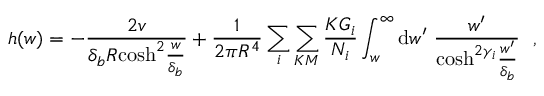
h ( w ) = - \frac { 2 v } { \delta _ { b } R \mathrm { c o s h } ^ { 2 } \frac { w } { \delta _ { b } } } + \frac { 1 } { 2 \pi R ^ { 4 } } \sum _ { i } \sum _ { K M } \frac { K G _ { i } } { { \cal N } _ { i } } \int _ { w } ^ { \infty } \mathrm { d } w ^ { \prime } ~ \frac { w ^ { \prime } } { \mathrm { c o s h } ^ { 2 \gamma _ { i } } \frac { w ^ { \prime } } { \delta _ { b } } } ~ ~ ,